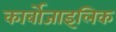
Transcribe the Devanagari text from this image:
कार्बोजाइलिक